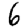
Digit: 6